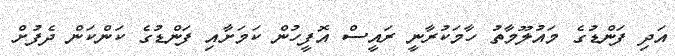
އަދި ފަންޑުގެ މައުލޫމާތު ހާމަކުރާނީ ރައީސް އޮފީހުން ކަމަށާއި ފަންޑުގެ ކަންކަން ދެފުށް